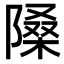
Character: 𨻗